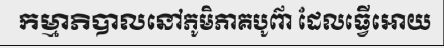
កម្មាភិបាលនៅភូមិភាគបូព៌ា ដែលធ្វើអោយ